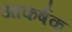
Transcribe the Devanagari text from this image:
अाकर्षक